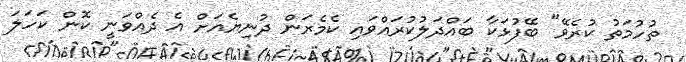
ތުހުމަތު ކުރެވޭ" ބޭފުޅަކާ ބައްދަލުކުރައްވައި ކެމެރަން ދުނިޔެއަށް އެ ދެއްވަނީ ކޮން ކަހަލަ